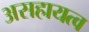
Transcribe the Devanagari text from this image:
असहायत्व